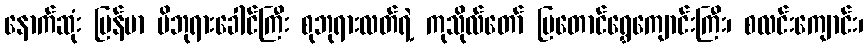
နောက်ဆုံး မြန်မာ မိဘုရားခေါင်ကြီး စုဘုရားလတ်ရဲ့ ကုသိုလ်တော် မြတောင်ရွှေကျောင်းကြီး၊ စလင်းကျောင်း၊